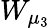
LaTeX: W_{\mu_{3}}